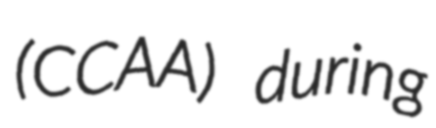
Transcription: (CCAA) during